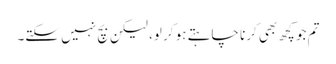
تم جو کچھ بھی کرنا چاہتے ہو کر لو، لیکن بچ نہیں سکتے۔